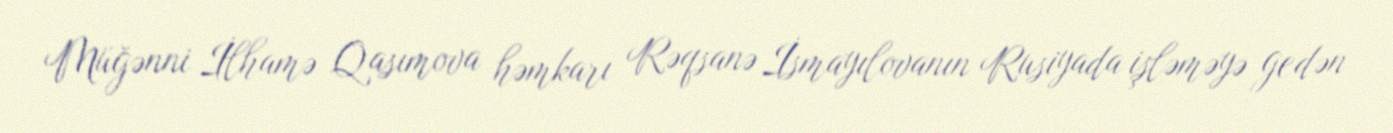
Müğənni İlhamə Qasımova həmkarı Rəqsanə İsmayılovanın Rusiyada işləməyə gedən